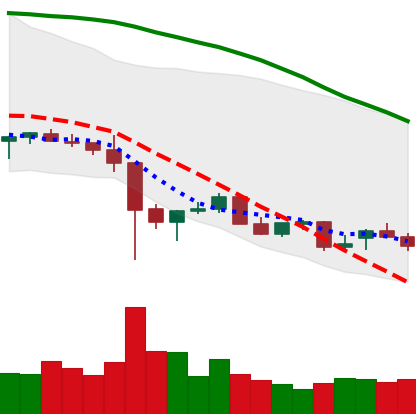
Ticker: NEO-USD
Chart end date: 2021-12-17
Forward return: 7.251%
Label: up_7plus